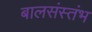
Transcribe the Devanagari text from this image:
बालसंस्तंभ